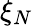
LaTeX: \xi_{N}